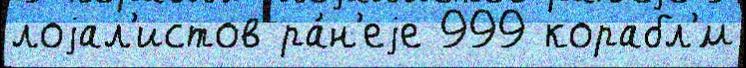
лоjал'истов ра́н'еjе 999 корабл'́м